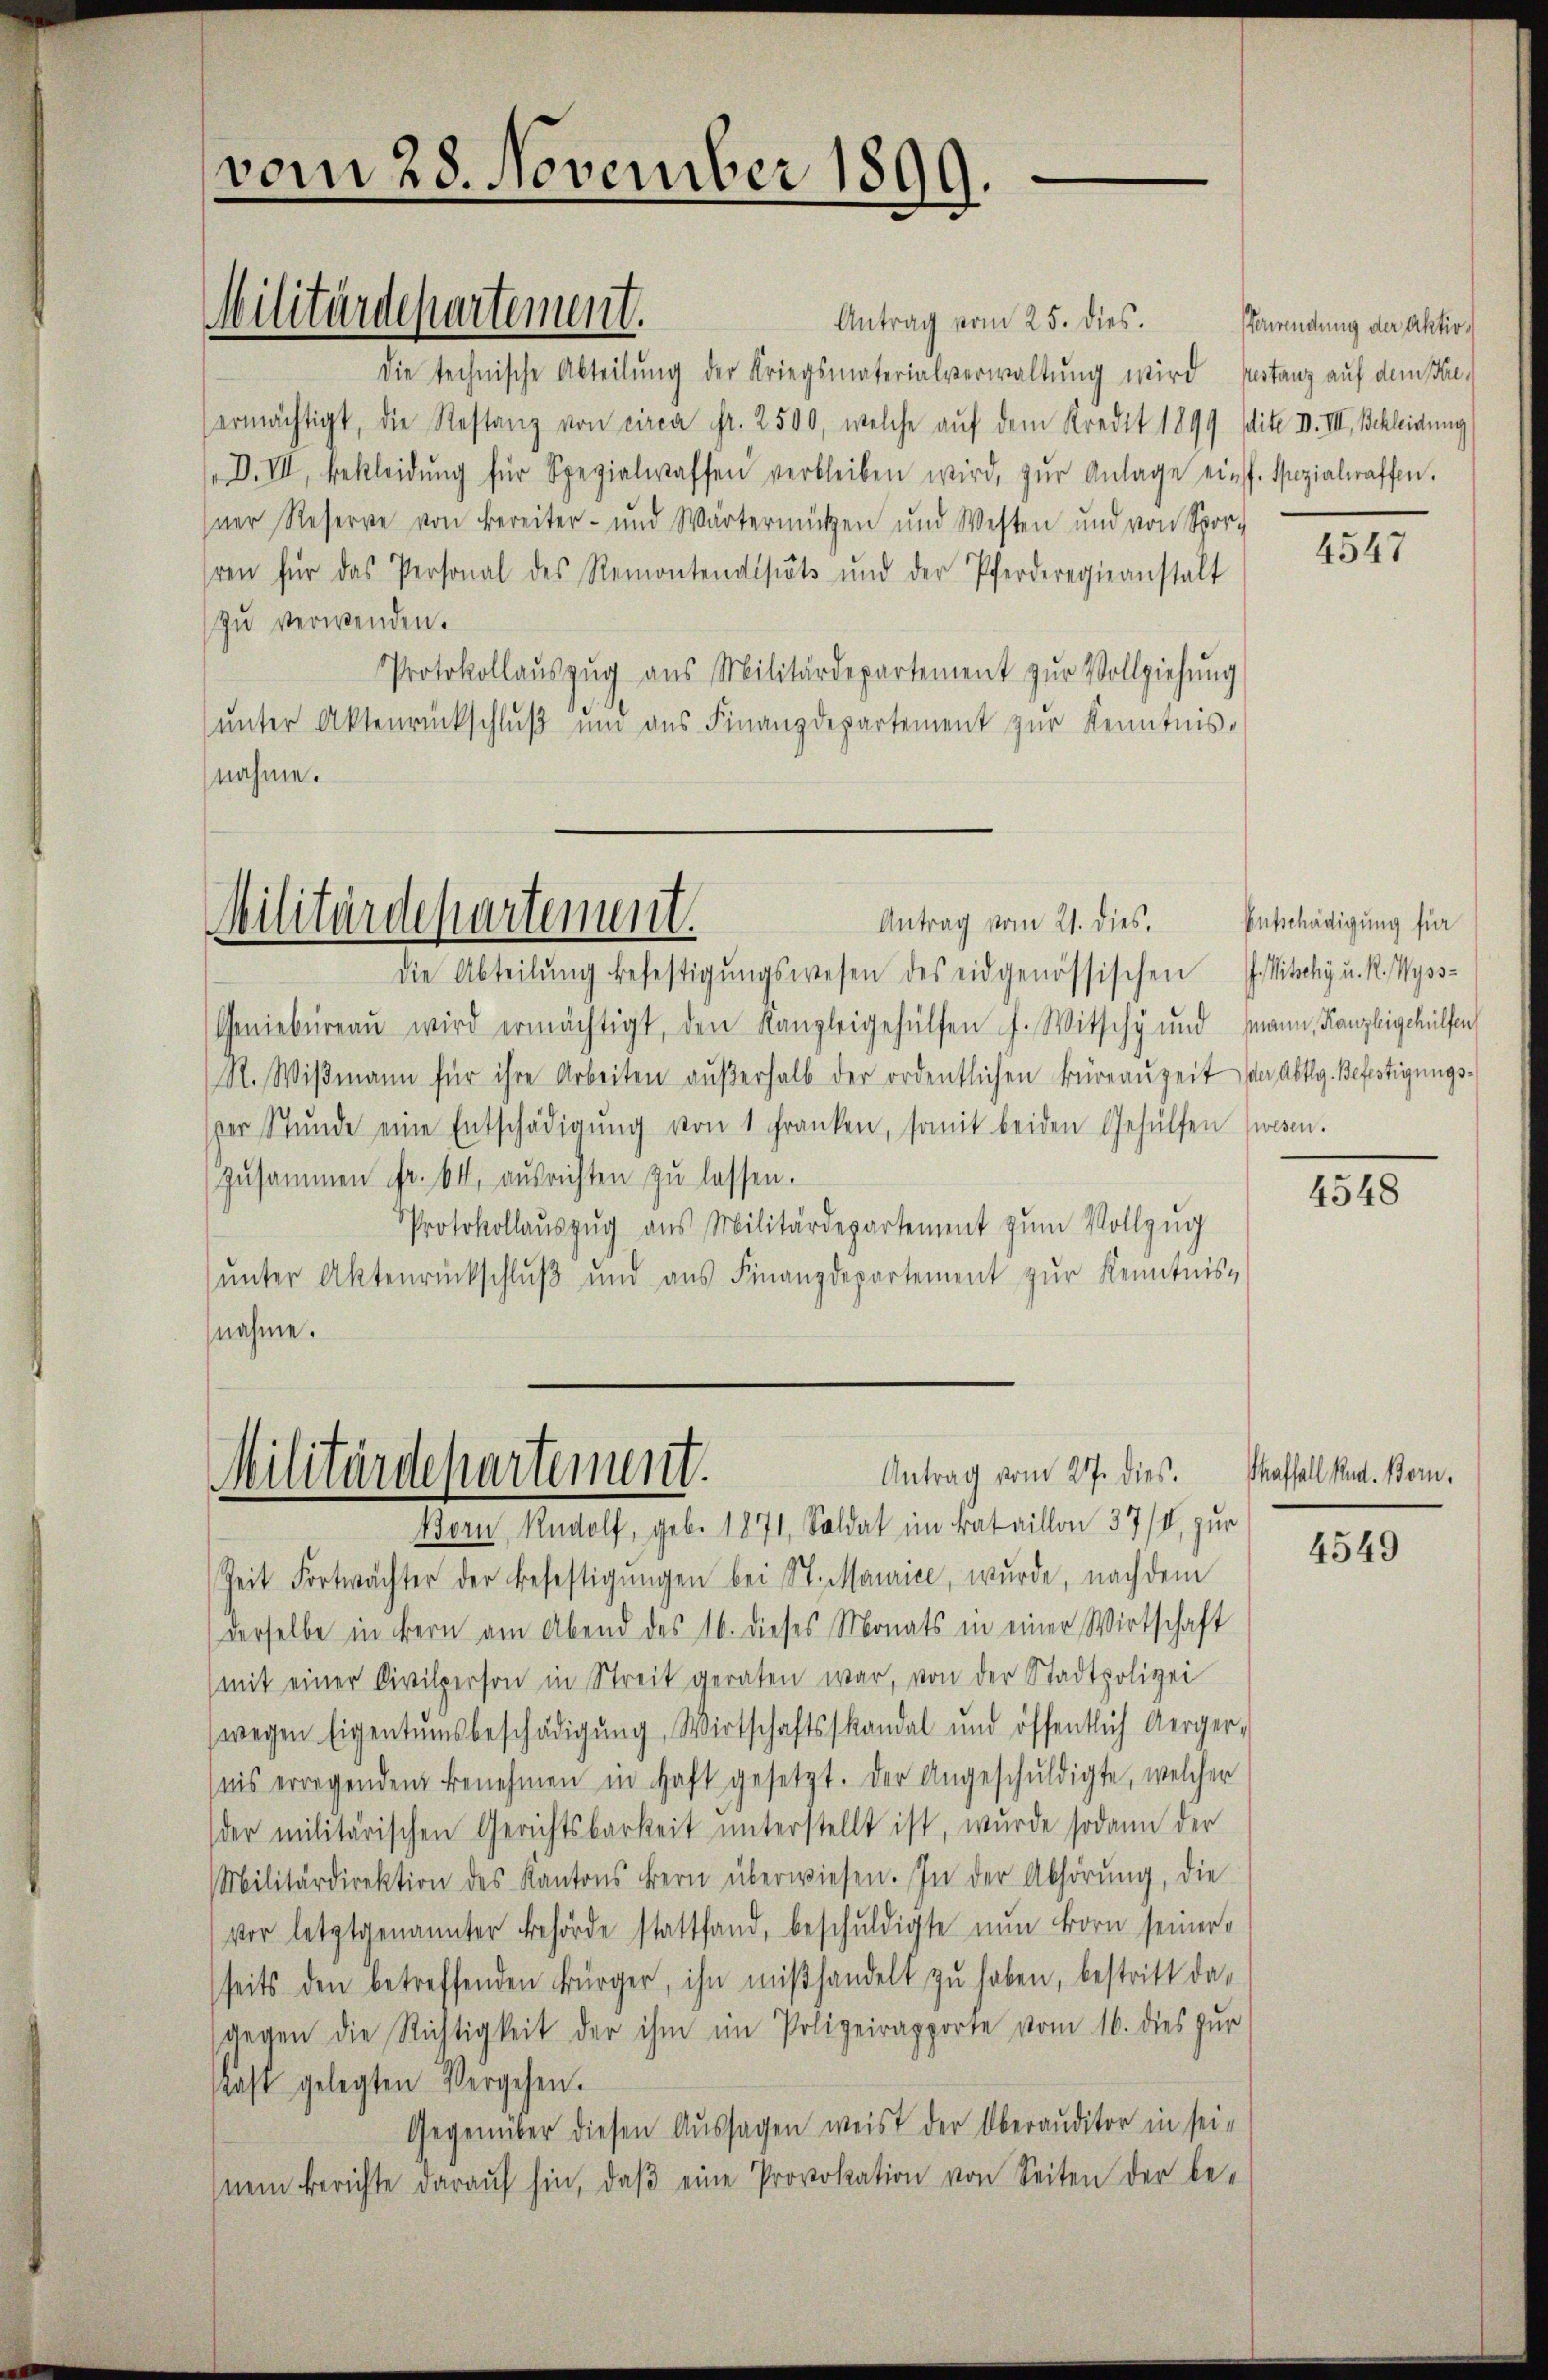
vom 28. November 1899.

Militärdepartement.

Antrag vom 25. dies. Bewendung der Aktivdie technische Abteilung der Kriegsmaterialverwaltung wird Instanz auf dem Kreermächtigt, die Restanz von circa Fr. 2500, welche auf dem Kredit 1899 sdite v. III. Schleidung
D. III, bekleidŭng für Spezialwaffen verbleiben wird, zur Anlage ein
sner Reserve von Bereiter- und Wärtermützen und Westen und von Spor-
hren für das Personal des Remontendistets und der Pferderegieanstalt
zu verwenden.
Protokollauszug aus Militärdepartement zŭr Vollziehung
ŭnter Aktenrückschlŭβ ŭnd ans Finanzdepartement zŭr Kenntnis-
nahme.

Militärdepartement.

Militärdepartement.

Antrag vom 21. dies. Entschädigung für
die Abteilŭng befestigŭngswesen des eidgenössischen J. Pitschy u. R. Wyss-
Geniebüreaŭ wird ermächtigt, den Kanzleigehülfen f. Witschy und Mann, Kanzleigehülfen
R. Wiβmann für ihre Arbeiten aŭβerhalb der ordentlichen Büreaŭzeit der Abtlg. Befestigungssper Stŭnde eine Entschädigŭng von 1 Franken, somit beiden Gehülfen wesen.
zusammen fr. 64, ausrichten zŭ lassen.
Protokollauszug aus Militärdepartement zum Vollzug
unter Aktenrückschluß und aus Finanzdepartement zur Kenntnis-
nahme.

Born, Rudolf, geb. 1871, Soldat im Bataillon 37/4 zur
Zeit Fortwächter der Befestigŭngen bei St. Maurice, wurde, nach dem
derselbe in Bern am Abend des 16. dieses Monats in einer Wirtschaft
(mit einer Civilperson in Streit geraten war, von der Stadtpolizei
wegen Eigentumsbeschädigŭng, Wirtschaftskandal und öffentlich Aerger-
ais erregenden Benehmen in Haft gesetzt. Der Angeschŭldigte, welcher
der militärischen Gerichtsbarkeit unterstellt ist, wurde sodann der
Militärdirektion des Kantons Bern überwiesen. In der Abhörŭng, die
vor letztgenannter Behörde stattfand, beschuldigte nun korn seiner
seits den betreffenden Bürger, ihn miβhandelt zŭ haben, bestritt da-
gegen die Richtigkeit der ihm im Polizeirapporte vom 16. dies zur
Kast gelegten Vergehen.
Gegenüber diesen Aussagen weist der Oberauditor in seinem berichte daraŭf hin, daβ eine Provokation von Seiten der be-

Antrag vom 27. dies. Saffall Rud. Bern.

Spezialwaffen.

4547

4548

4549